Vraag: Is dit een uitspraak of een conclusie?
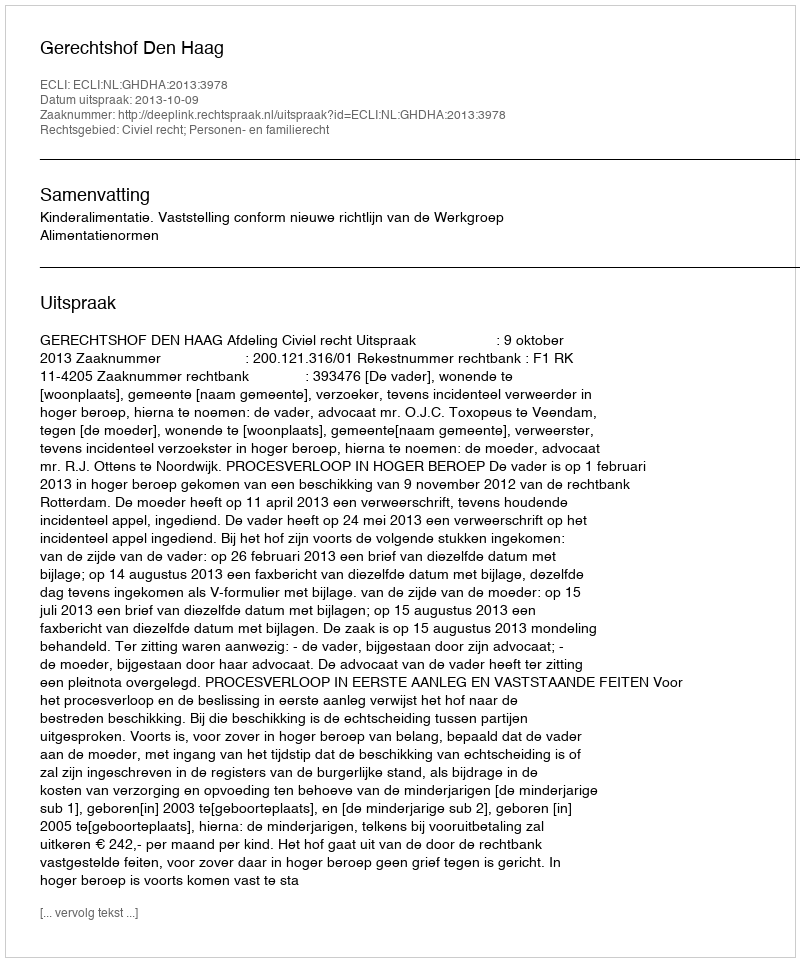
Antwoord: Uitspraak